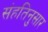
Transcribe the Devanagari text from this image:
संहतिनुसार